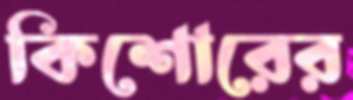
কিশোরের